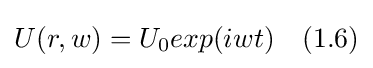
U(r,w)=U_{0}exp(iwt)\quad (1.6)